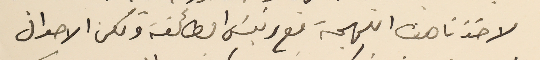
لاخذنا هذه اللهجة مع رئيسَ الطائفة ولكن الاحوال